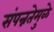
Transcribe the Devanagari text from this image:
संपन्नतेमुळे